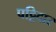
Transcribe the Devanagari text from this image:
पट्टिदार